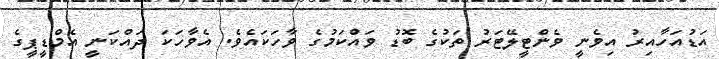
އަޑުއަހާއިރު އިވެނީ ވެންޓީލޭޓަރު ތަކުގެ ބޮޑު ވައްކަމުގެ ވާހަކައެވެ. އެވާހަކަ ދައްކަނީ އެމްޑީޕީގެ